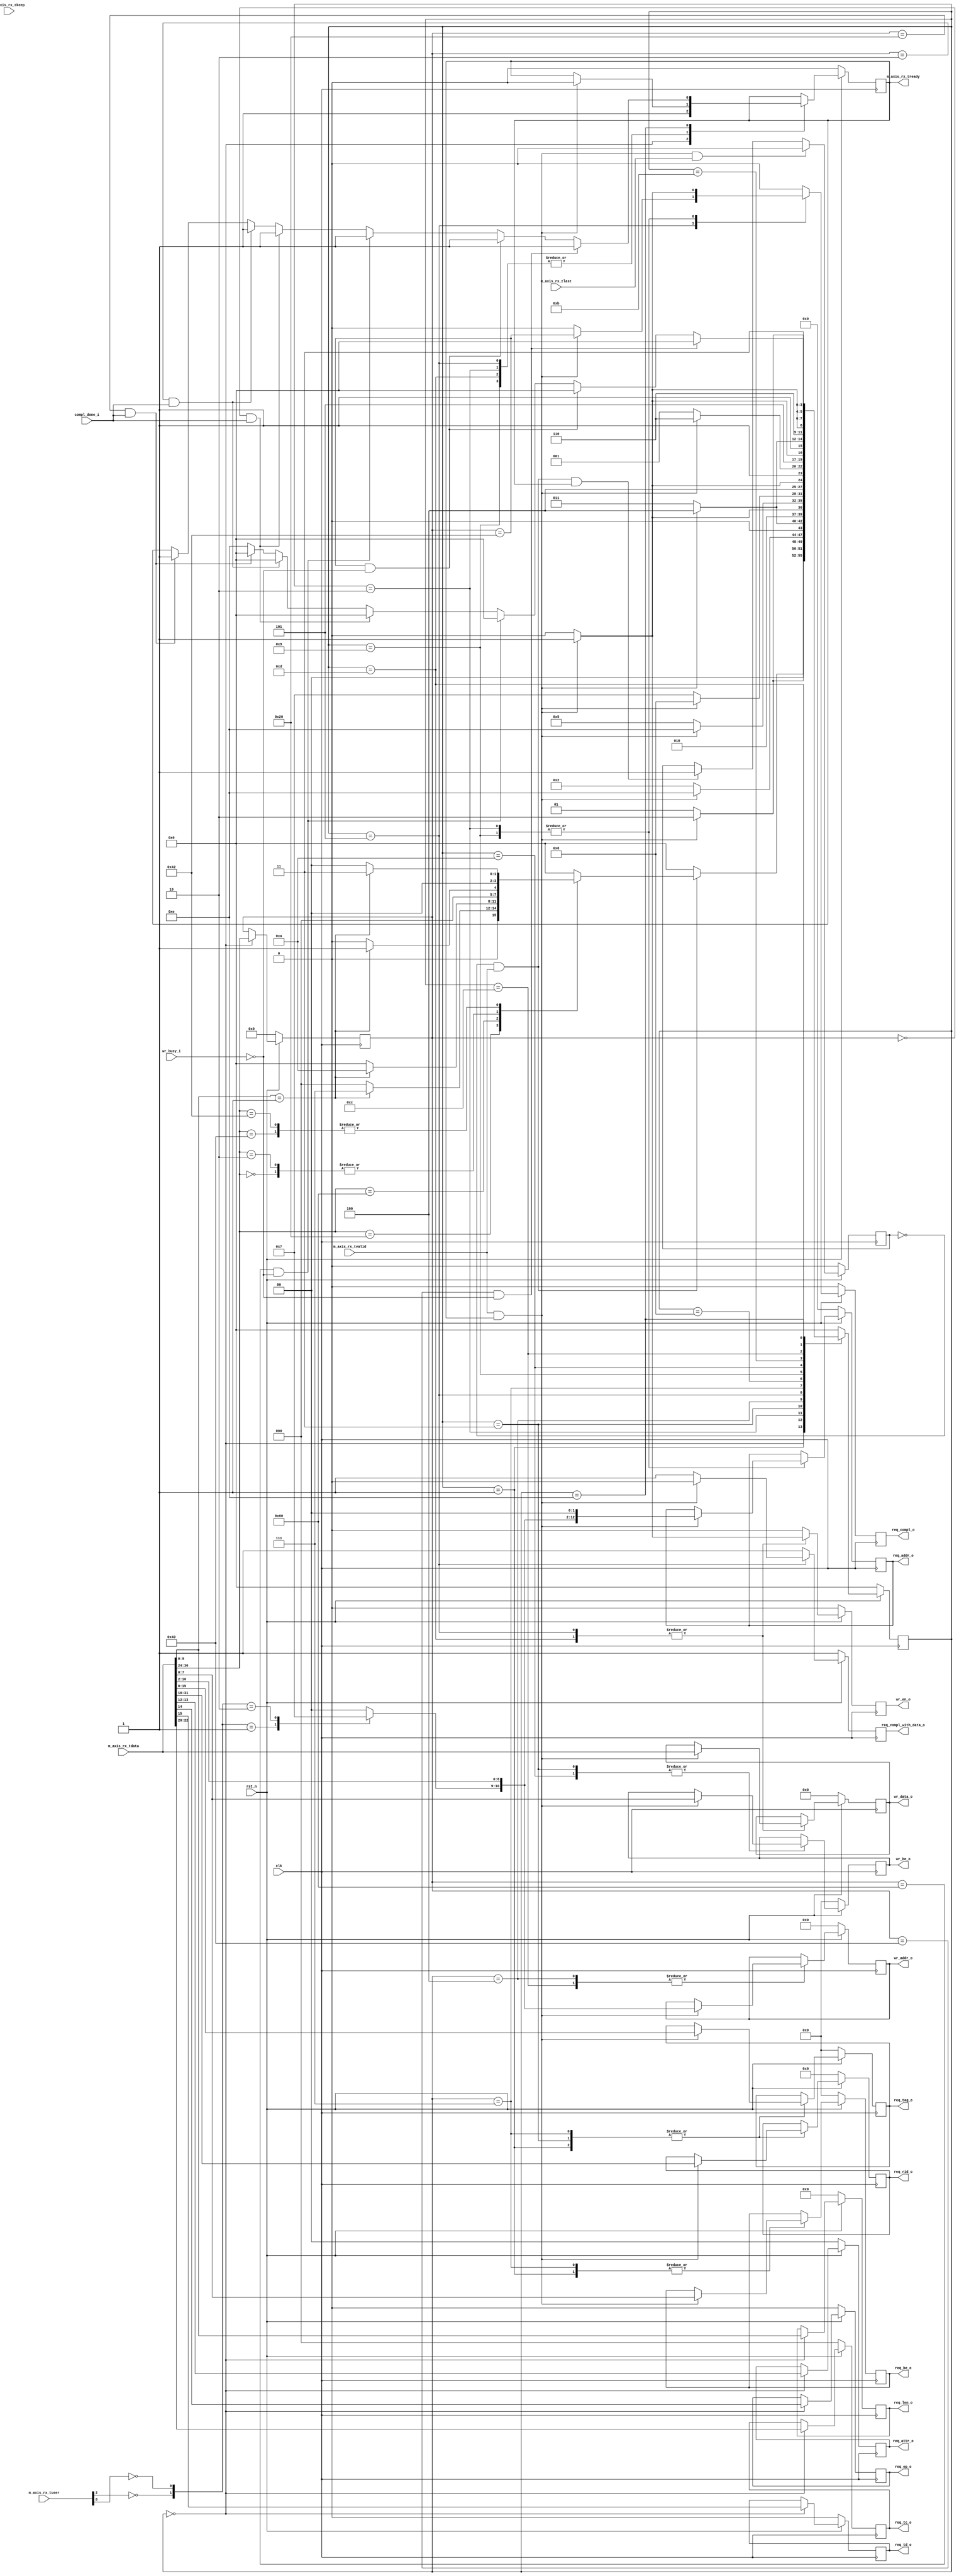
//-----------------------------------------------------------------------------
//
// (c) Copyright 2001, 2002, 2003, 2004, 2005, 2007, 2008, 2009 Xilinx, Inc. All rights reserved.
//
// This file contains confidential and proprietary information
// of Xilinx, Inc. and is protected under U.S. and
// international copyright and other intellectual property
// laws.
//
// DISCLAIMER
// This disclaimer is not a license and does not grant any
// rights to the materials distributed herewith. Except as
// otherwise provided in a valid license issued to you by
// Xilinx, and to the maximum extent permitted by applicable
// law: (1) THESE MATERIALS ARE MADE AVAILABLE "AS IS" AND
// WITH ALL FAULTS, AND XILINX HEREBY DISCLAIMS ALL WARRANTIES
// AND CONDITIONS, EXPRESS, IMPLIED, OR STATUTORY, INCLUDING
// BUT NOT LIMITED TO WARRANTIES OF MERCHANTABILITY, NON-
// INFRINGEMENT, OR FITNESS FOR ANY PARTICULAR PURPOSE; and
// (2) Xilinx shall not be liable (whether in contract or tort,
// including negligence, or under any other theory of
// liability) for any loss or damage of any kind or nature
// related to, arising under or in connection with these
// materials, including for any direct, or any indirect,
// special, incidental, or consequential loss or damage
// (including loss of data, profits, goodwill, or any type of
// loss or damage suffered as a result of any action brought
// by a third party) even if such damage or loss was
// reasonably foreseeable or Xilinx had been advised of the
// possibility of the same.
//
// CRITICAL APPLICATIONS
// Xilinx products are not designed or intended to be fail-
// safe, or for use in any application requiring fail-safe
// performance, such as life-support or safety devices or
// systems, Class III medical devices, nuclear facilities,
// applications related to the deployment of airbags, or any
// other applications that could lead to death, personal
// injury, or severe property or environmental damage
// (individually and collectively, "Critical
// Applications"). Customer assumes the sole risk and
// liability of any use of Xilinx products in Critical
// Applications, subject only to applicable laws and
// regulations governing limitations on product liability.
//
// THIS COPYRIGHT NOTICE AND DISCLAIMER MUST BE RETAINED AS
// PART OF THIS FILE AT ALL TIMES.
//
//-----------------------------------------------------------------------------
// Project    : Spartan-6 Integrated Block for PCI Express
// Description: 32-bit Local-Link Receive Unit.
//
//-----------------------------------------------------------------------------

`timescale 1ns/1ns

module PIO_32_RX_ENGINE (
  input                  clk,
  input                  rst_n,

  //
  // Receive LocalLink interface from PCIe core
  //

  // AXI-S
  input     [31:0]       m_axis_rx_tdata,
  input     [3:0]        m_axis_rx_tkeep,
  input                  m_axis_rx_tlast,
  input                  m_axis_rx_tvalid,
  output reg             m_axis_rx_tready,
  input     [21:0]       m_axis_rx_tuser,

  //
  // Memory Read data handshake with Completion
  // transmit unit. Transmit unit reponds to
  // req_compl assertion and responds with compl_done
  // assertion when a Completion w/ data is transmitted.
  //
  output reg             req_compl_o,
  output reg             req_compl_with_data_o,
  input                  compl_done_i,

  output reg [2:0]       req_tc_o,      // Memory Read TC
  output reg             req_td_o,      // Memory Read TD
  output reg             req_ep_o,      // Memory Read EP
  output reg [1:0]       req_attr_o,    // Memory Read Attribute
  output reg [9:0]       req_len_o,     // Memory Read Length (1DW)
  output reg [15:0]      req_rid_o,     // Memory Read Requestor ID
  output reg [7:0]       req_tag_o,     // Memory Read Tag
  output reg [7:0]       req_be_o,      // Memory Read Byte Enables
  output reg [12:0]      req_addr_o,    // Memory Read Address

  //
  // Memory interface used for saving 1 DW data received
  // on Memory Write 32 TLP. Data extracted from
  // inbound TLP is presented to the Endpoint memory
  // unit. Endpoint memory unit reacts to wr_en_o
  // assertion and asserts wr_busy_i when it is
  // processing written information.
  //
  output reg [10:0]      wr_addr_o,     // Memory Write Address
  output reg [7:0]       wr_be_o,       // Memory Write Byte Enable
  output reg [31:0]      wr_data_o,     // Memory Write Data
  output reg             wr_en_o,       // Memory Write Enable
  input                  wr_busy_i      // Memory Write Busy
  );

  // Clock-to-out delay
  localparam TCQ                         = 1;

  // TLP Header format/type values
  localparam PIO_32_RX_MEM_RD32_FMT_TYPE = 7'b00_00000;
  localparam PIO_32_RX_MEM_WR32_FMT_TYPE = 7'b10_00000;
  localparam PIO_32_RX_MEM_RD64_FMT_TYPE = 7'b01_00000;
  localparam PIO_32_RX_MEM_WR64_FMT_TYPE = 7'b11_00000;
  localparam PIO_32_RX_IO_RD32_FMT_TYPE  = 7'b00_00010;
  localparam PIO_32_RX_IO_WR32_FMT_TYPE  = 7'b10_00010;

  // State values
  localparam PIO_32_RX_RST_STATE         = 4'd0;
  localparam PIO_32_RX_MEM_RD32_DW1      = 4'd1;
  localparam PIO_32_RX_MEM_RD32_DW2      = 4'd2;
  localparam PIO_32_RX_IO_MEM_WR32_DW1   = 4'd3;
  localparam PIO_32_RX_IO_MEM_WR32_DW2   = 4'd4;
  localparam PIO_32_RX_IO_MEM_WR32_DW3   = 4'd5;
  localparam PIO_32_RX_IO_MEM_WR32_DW4   = 4'd6;
  localparam PIO_32_RX_MEM_RD64_DW1      = 4'd7;
  localparam PIO_32_RX_MEM_RD64_DW2      = 4'd8;
  localparam PIO_32_RX_MEM_RD64_DW3      = 4'd9;
  localparam PIO_32_RX_MEM_WR64_DW1      = 4'd10;
  localparam PIO_32_RX_MEM_WR64_DW2      = 4'd11;
  localparam PIO_32_RX_MEM_WR64_DW3      = 4'd12;
  localparam PIO_32_RX_MEM_WR64_DW4      = 4'd13;
  localparam PIO_32_RX_WAIT_STATE        = 4'd14;

  // Local Registers
  (* fsm_encoding = "one-hot" *)
    reg [3:0]        state;
  reg [6:0]          tlp_type;

  wire               io_bar_hit_n;
  wire               mem32_bar_hit_n;
  wire               mem64_bar_hit_n;
  wire               erom_bar_hit_n;

  reg [1:0]          region_select;



  wire               sop;                   // Start of packet
  reg                in_packet_q;

  // Generate a signal that indicates if we are currently receiving a packet.
  // This value is one clock cycle delayed from what is actually on the AXIS
  // data bus.
  always@(posedge clk)
    begin
      if(!rst_n)
        in_packet_q <= #   TCQ 1'b0;
      else if (m_axis_rx_tvalid && m_axis_rx_tready && m_axis_rx_tlast)
        in_packet_q <= #   TCQ 1'b0;
      else if (sop && m_axis_rx_tready)
        in_packet_q <= #   TCQ 1'b1;

    end

  assign sop = !in_packet_q && m_axis_rx_tvalid;


always @(posedge clk) begin
    if (!rst_n) begin
      m_axis_rx_tready      <= #TCQ 1'b0;

      req_compl_o           <= #TCQ 1'b0;
      req_compl_with_data_o <= #TCQ 1'b1;

      req_tc_o              <= #TCQ 3'b0;
      req_td_o              <= #TCQ 1'b0;
      req_ep_o              <= #TCQ 1'b0;
      req_attr_o            <= #TCQ 2'b0;
      req_len_o             <= #TCQ 10'b0;
      req_rid_o             <= #TCQ 16'b0;
      req_tag_o             <= #TCQ 8'b0;
      req_be_o              <= #TCQ 8'b0;
      req_addr_o            <= #TCQ 13'b0;

      wr_be_o               <= #TCQ 8'b0;
      wr_addr_o             <= #TCQ 11'b0;
      wr_data_o             <= #TCQ 32'b0;
      wr_en_o               <= #TCQ 1'b0;

      state                 <= #TCQ PIO_32_RX_RST_STATE;
      tlp_type              <= #TCQ 7'b0;
    end else begin
      wr_en_o               <= #TCQ 1'b0;
      req_compl_o           <= #TCQ 1'b0;
      req_compl_with_data_o <= #TCQ 1'b1;

      case (state)
        PIO_32_RX_RST_STATE : begin

          m_axis_rx_tready     <= #TCQ 1'b1;
          tlp_type             <= #TCQ m_axis_rx_tdata[30:24];
          req_tc_o             <= #TCQ m_axis_rx_tdata[22:20];
          req_td_o             <= #TCQ m_axis_rx_tdata[15];
          req_ep_o             <= #TCQ m_axis_rx_tdata[14];
          req_attr_o           <= #TCQ m_axis_rx_tdata[13:12];
          req_len_o            <= #TCQ m_axis_rx_tdata[9:0];

          if (sop) begin
            case (m_axis_rx_tdata[30:24])
              PIO_32_RX_MEM_RD32_FMT_TYPE : begin
                if (m_axis_rx_tdata[9:0] == 10'd1) begin
                  state        <= #TCQ PIO_32_RX_MEM_RD32_DW1;
                end else begin
                  state        <= #TCQ PIO_32_RX_RST_STATE;
                end
              end

              PIO_32_RX_MEM_WR32_FMT_TYPE : begin
                if (m_axis_rx_tdata[9:0] == 10'd1) begin
                  state        <= #TCQ PIO_32_RX_IO_MEM_WR32_DW1;
                end else begin
                  state        <= #TCQ PIO_32_RX_RST_STATE;
                end
              end

              PIO_32_RX_MEM_RD64_FMT_TYPE : begin
                if (m_axis_rx_tdata[9:0] == 10'd1) begin
                  state        <= #TCQ PIO_32_RX_MEM_RD64_DW1;
                end else begin
                  state        <=  #TCQ PIO_32_RX_RST_STATE;
                end
              end

              PIO_32_RX_MEM_WR64_FMT_TYPE : begin
                if (m_axis_rx_tdata[9:0] == 10'd1) begin
                  state        <= #TCQ PIO_32_RX_MEM_WR64_DW1;
                end else begin
                  state        <= #TCQ PIO_32_RX_RST_STATE;
                end
              end

              PIO_32_RX_IO_RD32_FMT_TYPE : begin
                if (m_axis_rx_tdata[9:0] == 10'd1) begin
                  state        <= #TCQ PIO_32_RX_MEM_RD32_DW1;
                end else begin
                  state        <= #TCQ PIO_32_RX_RST_STATE;
                end
              end

              PIO_32_RX_IO_WR32_FMT_TYPE : begin
                if (m_axis_rx_tdata[9:0] == 10'd1) begin
                  state        <= #TCQ PIO_32_RX_IO_MEM_WR32_DW1;
                end else begin
                  state        <= #TCQ PIO_32_RX_RST_STATE;
                end
              end

              default : begin // other TLPs
                state          <= #TCQ PIO_32_RX_RST_STATE;
              end
            endcase // m_axis_rx_tdata[30:24]
          end // (sop)
          else begin
            state <= #TCQ PIO_32_RX_RST_STATE;
          end
        end // PIO_32_RX_RST_STATE

        PIO_32_RX_MEM_RD32_DW1 : begin
          if ((m_axis_rx_tvalid) && (m_axis_rx_tready)) begin
            req_rid_o          <= #TCQ m_axis_rx_tdata[31:16];
            req_tag_o          <= #TCQ m_axis_rx_tdata[15:8];
            req_be_o           <= #TCQ m_axis_rx_tdata[7:0];
            state              <= #TCQ PIO_32_RX_MEM_RD32_DW2;
          end else begin
            state              <= #TCQ PIO_32_RX_MEM_RD32_DW1;
          end
        end // PIO_32_RX_MEM_RD32_DW1

        PIO_32_RX_MEM_RD32_DW2 : begin
          if ((m_axis_rx_tvalid) && (m_axis_rx_tready)) begin
            req_addr_o         <= #TCQ {region_select[1:0], m_axis_rx_tdata[10:2], 2'b00};
            req_compl_o        <= #TCQ 1'b1;
            m_axis_rx_tready   <= #TCQ 1'b0;

            state              <= #TCQ PIO_32_RX_WAIT_STATE;
          end else begin
            state              <= #TCQ PIO_32_RX_MEM_RD32_DW2;
          end
        end // PIO_32_RX_MEM_RD32_DW2

        PIO_32_RX_IO_MEM_WR32_DW1 : begin
          if ((m_axis_rx_tvalid) && (m_axis_rx_tready)) begin
            req_rid_o          <= #TCQ m_axis_rx_tdata[31:16];
            req_tag_o          <= #TCQ m_axis_rx_tdata[15:8];
            wr_be_o            <= #TCQ m_axis_rx_tdata[7:0];
            state              <= #TCQ PIO_32_RX_IO_MEM_WR32_DW2;
          end else begin
            state              <= #TCQ PIO_32_RX_IO_MEM_WR32_DW1;
          end
        end // PIO_32_RX_IO_MEM_WR32_DW1

        PIO_32_RX_IO_MEM_WR32_DW2 : begin
          if ((m_axis_rx_tvalid) && (m_axis_rx_tready)) begin
            wr_addr_o          <= #TCQ {region_select[1:0],m_axis_rx_tdata[10:2]};
            state              <= #TCQ PIO_32_RX_IO_MEM_WR32_DW3;
          end else begin
            state              <= #TCQ PIO_32_RX_IO_MEM_WR32_DW2;
          end
        end // PIO_32_RX_IO_MEM_WR32_DW2

        PIO_32_RX_IO_MEM_WR32_DW3 : begin
          if ((m_axis_rx_tvalid) && (m_axis_rx_tready)) begin
            wr_data_o             <= #TCQ m_axis_rx_tdata[31:0];
            wr_en_o               <= #TCQ 1'b1;
            req_compl_o           <= #TCQ (tlp_type == PIO_32_RX_IO_WR32_FMT_TYPE);
            req_compl_with_data_o <= #TCQ 1'b0;
            m_axis_rx_tready      <= #TCQ 1'b0;

            state                 <= #TCQ PIO_32_RX_WAIT_STATE;
          end else begin
            state                 <= #TCQ PIO_32_RX_IO_MEM_WR32_DW3;
          end
        end // PIO_32_RX_IO_MEM_WR32_DW3

        PIO_32_RX_MEM_RD64_DW1 : begin
          if ((m_axis_rx_tvalid) && (m_axis_rx_tready)) begin
            req_rid_o          <= #TCQ m_axis_rx_tdata[31:16];
            req_tag_o          <= #TCQ m_axis_rx_tdata[15:8];
            req_be_o           <= #TCQ m_axis_rx_tdata[7:0];
            state              <= #TCQ PIO_32_RX_MEM_RD64_DW2;
          end else begin
            state              <= #TCQ PIO_32_RX_MEM_RD64_DW1;
          end
        end // PIO_32_RX_MEM_RD64_DW1

        PIO_32_RX_MEM_RD64_DW2 : begin
          if ((m_axis_rx_tvalid) && (m_axis_rx_tready)) begin
            state              <= #TCQ PIO_32_RX_MEM_RD64_DW3;
          end else begin
            state              <= #TCQ PIO_32_RX_MEM_RD64_DW2;
          end
        end // PIO_32_RX_MEM_RD64_DW2

        PIO_32_RX_MEM_RD64_DW3 : begin
          if ((m_axis_rx_tvalid) && (m_axis_rx_tready)) begin
            req_addr_o         <= #TCQ {region_select[1:0],m_axis_rx_tdata[10:2], 2'b00};
            req_compl_o        <= #TCQ 1'b1;
            m_axis_rx_tready   <= #TCQ 1'b0;

            state              <= #TCQ PIO_32_RX_WAIT_STATE;
          end else begin
            state              <= #TCQ PIO_32_RX_MEM_RD64_DW3;
          end
        end // PIO_32_RX_MEM_RD64_DW3

        PIO_32_RX_MEM_WR64_DW1 : begin
          if ((m_axis_rx_tvalid) && (m_axis_rx_tready)) begin
            wr_be_o            <= #TCQ m_axis_rx_tdata[7:0];
            state              <= #TCQ PIO_32_RX_MEM_WR64_DW2;
          end else begin
            state              <= #TCQ PIO_32_RX_MEM_WR64_DW1;
          end
        end // PIO_32_RX_MEM_WR64_DW1

        PIO_32_RX_MEM_WR64_DW2 : begin
          if ((m_axis_rx_tvalid) && (m_axis_rx_tready)) begin
            state              <= #TCQ PIO_32_RX_MEM_WR64_DW3;
          end else begin
            state              <= #TCQ PIO_32_RX_MEM_WR64_DW2;
          end
        end // PIO_32_RX_MEM_WR64_DW2

        PIO_32_RX_MEM_WR64_DW3 : begin
          if ((m_axis_rx_tvalid) && (m_axis_rx_tready)) begin
            wr_addr_o          <= #TCQ {region_select[1:0],m_axis_rx_tdata[10:2]};
            state              <= #TCQ PIO_32_RX_MEM_WR64_DW4;
          end else begin
            state              <= #TCQ PIO_32_RX_MEM_WR64_DW3;
          end
        end // PIO_32_RX_MEM_WR64_DW3

        PIO_32_RX_MEM_WR64_DW4 : begin
          if ((m_axis_rx_tvalid) && (m_axis_rx_tready)) begin
            wr_data_o          <= #TCQ m_axis_rx_tdata[31:0];
            wr_en_o            <= #TCQ 1'b1;
            m_axis_rx_tready   <= #TCQ 1'b0;

            state              <= #TCQ PIO_32_RX_WAIT_STATE;
          end else begin
            state              <= #TCQ PIO_32_RX_MEM_WR64_DW4;
          end
        end // PIO_32_RX_MEM_WR64_DW4

        PIO_32_RX_WAIT_STATE : begin
          wr_en_o              <= #TCQ 1'b0;
          req_compl_o          <= #TCQ 1'b0;

          if ((tlp_type == PIO_32_RX_MEM_WR32_FMT_TYPE) && (!wr_busy_i)) begin
            m_axis_rx_tready   <= #TCQ 1'b1;
            state              <= #TCQ PIO_32_RX_RST_STATE;
          end else if ((tlp_type == PIO_32_RX_IO_WR32_FMT_TYPE) && (!wr_busy_i)) begin
            m_axis_rx_tready   <= #TCQ 1'b1;
            state              <= #TCQ PIO_32_RX_RST_STATE;
          end else if ((tlp_type == PIO_32_RX_MEM_WR64_FMT_TYPE) && (!wr_busy_i)) begin
            m_axis_rx_tready   <= #TCQ 1'b1;
            state              <= #TCQ PIO_32_RX_RST_STATE;
          end else if ((tlp_type == PIO_32_RX_MEM_RD32_FMT_TYPE) && (compl_done_i)) begin
            m_axis_rx_tready   <= #TCQ 1'b1;
            state              <= #TCQ PIO_32_RX_RST_STATE;
          end else if ((tlp_type == PIO_32_RX_IO_RD32_FMT_TYPE) && (compl_done_i)) begin
            m_axis_rx_tready   <= #TCQ 1'b1;
            state              <= #TCQ PIO_32_RX_RST_STATE;
          end else if ((tlp_type == PIO_32_RX_MEM_RD64_FMT_TYPE) && (compl_done_i)) begin
            m_axis_rx_tready   <= #TCQ 1'b1;
            state              <= #TCQ PIO_32_RX_RST_STATE;
          end else begin
            state              <= #TCQ PIO_32_RX_WAIT_STATE;
          end
        end // PIO_32_RX_WAIT_STATE
        default:
          state                <= #TCQ PIO_32_RX_RST_STATE;
      endcase // state
    end // rst_n
  end

  assign mem64_bar_hit_n = 1'b1;
  assign io_bar_hit_n = 1'b1;
  assign mem32_bar_hit_n = ~m_axis_rx_tuser[2];
  assign erom_bar_hit_n  = ~m_axis_rx_tuser[8];

  always @* begin
    case ({io_bar_hit_n, mem32_bar_hit_n, mem64_bar_hit_n, erom_bar_hit_n})
      4'b0111 : region_select <= #TCQ 2'b00; // Select IO region
      4'b1011 : region_select <= #TCQ 2'b01; // Select Mem32 region
      4'b1101 : region_select <= #TCQ 2'b10; // Select Mem64 region
      4'b1110 : region_select <= #TCQ 2'b11; // Select EROM region
      default : region_select <= #TCQ 2'b00; // Error selection will select IO region
    endcase
  end

  // synthesis translate_off
  reg  [8*20:1] state_ascii;
  always @(state) begin
    case (state)
      PIO_32_RX_RST_STATE        : state_ascii <= #TCQ "RX_RST_STATE";
      PIO_32_RX_MEM_RD32_DW1     : state_ascii <= #TCQ "RX_MEM_RD32_DW1";
      PIO_32_RX_MEM_RD32_DW2     : state_ascii <= #TCQ "RX_MEM_RD32_DW2";
      PIO_32_RX_IO_MEM_WR32_DW1  : state_ascii <= #TCQ "RX_IO_MEM_WR32_DW1";
      PIO_32_RX_IO_MEM_WR32_DW2  : state_ascii <= #TCQ "RX_IO_MEM_WR32_DW2";
      PIO_32_RX_IO_MEM_WR32_DW3  : state_ascii <= #TCQ "RX_IO_MEM_WR32_DW3";
      PIO_32_RX_IO_MEM_WR32_DW4  : state_ascii <= #TCQ "RX_IO_MEM_WR32_DW4";
      PIO_32_RX_MEM_RD64_DW1     : state_ascii <= #TCQ "RX_MEM_RD64_DW1";
      PIO_32_RX_MEM_RD64_DW2     : state_ascii <= #TCQ "RX_MEM_RD64_DW2";
      PIO_32_RX_MEM_RD64_DW3     : state_ascii <= #TCQ "RX_MEM_RD64_DW3";
      PIO_32_RX_MEM_WR64_DW1     : state_ascii <= #TCQ "RX_MEM_WR64_DW1";
      PIO_32_RX_MEM_WR64_DW2     : state_ascii <= #TCQ "RX_MEM_WR64_DW2";
      PIO_32_RX_MEM_WR64_DW3     : state_ascii <= #TCQ "RX_MEM_WR64_DW3";
      PIO_32_RX_MEM_WR64_DW4     : state_ascii <= #TCQ "RX_MEM_WR64_DW4";
      PIO_32_RX_WAIT_STATE       : state_ascii <= #TCQ "RX_WAIT_STATE";
      default                    : state_ascii <= #TCQ "PIO 32 STATE ERR";
    endcase
  end
  // synthesis translate_on

endmodule // PIO_32_RX_ENGINE